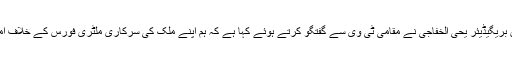
عراقی فوج کی مشترکہ کمان کے ترجمان بریگیڈیئر یحی الخفاجی نے مقامی ٹی وی سے گفتگو کرتے ہوئے کہا ہے کہ ہم اپنے ملک کی سرکاری ملٹری فورس کے خلاف امریکی حملے کو مخاصمانہ سمجھتے ہیں۔